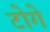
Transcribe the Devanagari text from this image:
टोगे